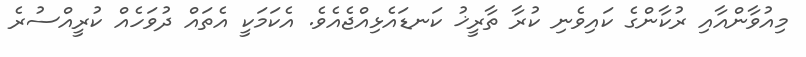
މިއުވާންއާއި ރުކާންގެ ކައިވެނި ކުރާ ތާރީޚު ކަނޑައެޅިއްޖެއެވެ. އެކަމަކީ އެތައް ދުވަހެއް ކުރީއްސުރެ